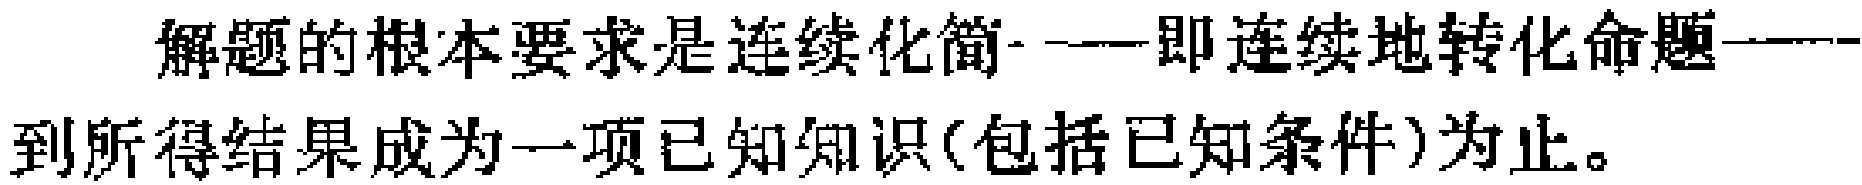
解题的根本要求是连续化简——即连续地转化命题——到所得结果成为一项已知知识(包括已知条件)为止。